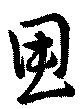
思